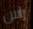
راس